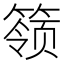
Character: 𬕬